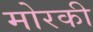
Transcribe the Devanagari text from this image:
मोरकी